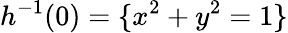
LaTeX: h^{-1}(0)=\{ x^{2}+y^{2}=1\}